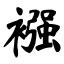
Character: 襁